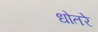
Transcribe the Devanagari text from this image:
धोतरे